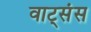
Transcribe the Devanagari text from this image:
वाट्संस